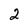
Character: 2